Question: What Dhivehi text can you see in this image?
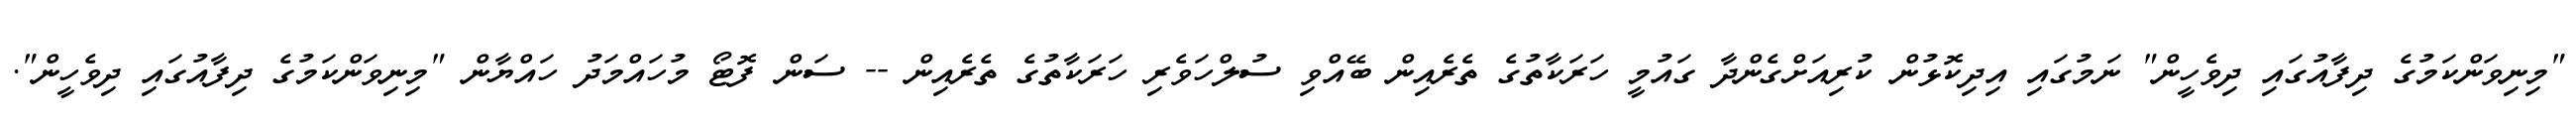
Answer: "މިނިވަންކަމުގެ ދިފާއުގައި ދިވެހީން" ނަމުގައި އިދިކޮޅުން ކުރިއަށްގެންދާ ގައުމީ ހަރަކާތުގެ ތެރެއިން ބޭއްވި ސުލްހަވެރި ހަރަކާތުގެ ތެރެއިން -- ސަން ފޮޓޯ މުހައްމަދު ހައްޔާން "މިނިވަންކަމުގެ ދިފާއުގައި ދިވެހީން".